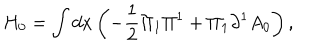
H _ { 0 } = \int d x \left( { - \frac { 1 } { 2 } \Pi _ { 1 } \Pi ^ { 1 } + \Pi _ { 1 } \partial ^ { 1 } A _ { 0 } } \right) ,